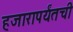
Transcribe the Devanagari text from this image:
हजारापर्यंतची